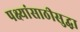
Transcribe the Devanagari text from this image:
पक्ष्यांसाठीसुद्धा